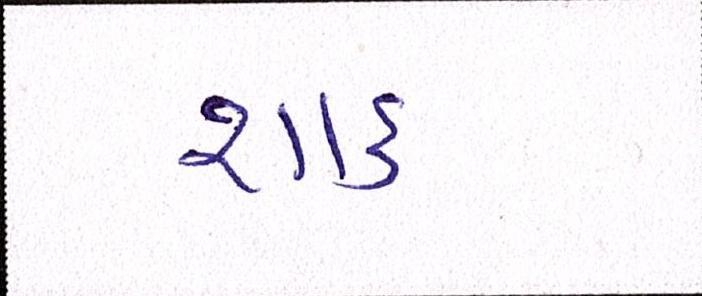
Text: શાક